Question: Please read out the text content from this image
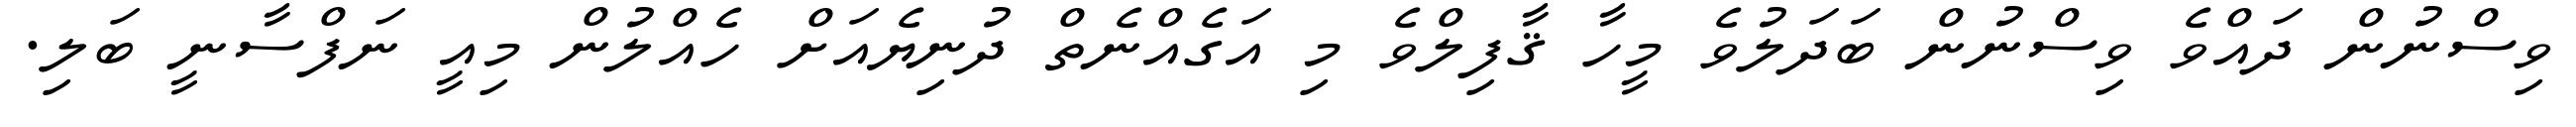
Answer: ވިސްނުން ދައްވެ ވިސްނުން ބަދަލުވެ މީހާ ޤާފިލްވެ މި އަގެއްނެތް ދުނިޔެއަށް ހެއްލުން މިއީ ނަފްސާނީ ބަލި.